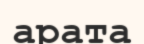
арата